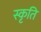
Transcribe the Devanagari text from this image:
स्कृति